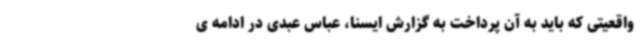
واقعیتی که باید به آن پرداخت به گزارش ایسنا، عباس عبدی در ادامه ی